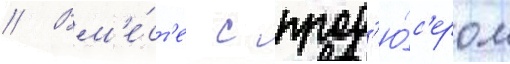
// Вм'е́ст'е с прод'ю́с'ером